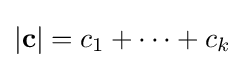
|\mathbf {c} |=c_{1}+\cdots +c_{k}